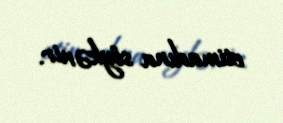
etimadına söykənir.